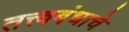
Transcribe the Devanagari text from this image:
तत्त्वबंधाचे